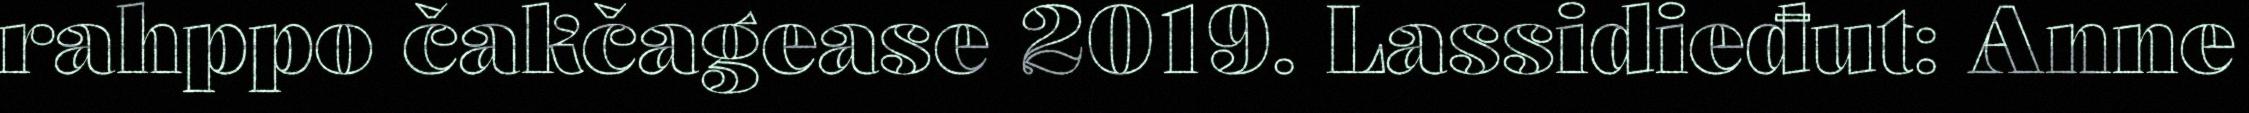
rahppo čakčagease 2019. Lassidieđut: Anne